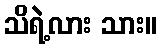
သိရဲ့လား သား။